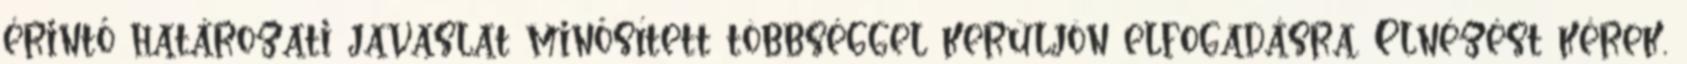
érintő határozati javaslat minősített többséggel kerüljön elfogadásra. Elnézést kérek,